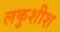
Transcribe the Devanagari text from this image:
लकुशीश